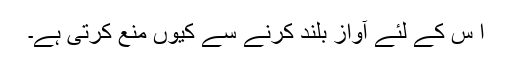
ا س کے لئے آواز بلند کرنے سے کیوں منع کرتی ہے۔